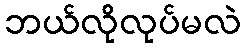
ဘယ်လိုလုပ်မလဲ